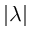
| \lambda |